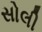
સોલી